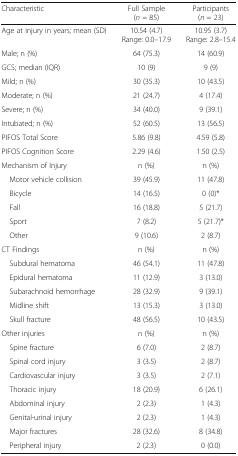
| Characteristic | Full Sample (n = 85) | Participants (n = 23) |
 | --- | --- | --- |
 | Age at injury in years; mean (SD) | 10.54 (4.7)Range: 0.0–17.9 | 10.95 (3.7)Range: 2.8–15.4 |
 | Male; n (%) | 64 (75.3) | 14 (60.9) |
 | GCS; median (IQR) | 10 (9) | 9 (9) |
 | Mild; n (%) | 30 (35.3) | 10 (43.5) |
 | Moderate; n (%) | 21 (24.7) | 4 (17.4) |
 | Severe; n (%) | 34 (40.0) | 9 (39.1) |
 | Intubated; n (%) | 52 (60.5) | 13 (56.5) |
 | PIFOS Total Score | 5.86 (9.8) | 4.59 (5.8) |
 | PIFOS Cognition Score | 2.29 (4.6) | 1.50 (2.5) |
 | Mechanism of Injury | n (%) | n (%) |
 | Motor vehicle collision | 39 (45.9) | 11 (47.8) |
 | Bicycle | 14 (16.5) | 0 (0)* |
 | Fall | 16 (18.8) | 5 (21.7) |
 | Sport | 7 (8.2) | 5 (21.7)* |
 | Other | 9 (10.6) | 2 (8.7) |
 | CT Findings | n (%) | n (%) |
 | Subdural hematoma | 46 (54.1) | 11 (47.8) |
 | Epidural hematoma | 11 (12.9) | 3 (13.0) |
 | Subarachnoid hemorrhage | 28 (32.9) | 9 (39.1) |
 | Midline shift | 13 (15.3) | 3 (13.0) |
 | Skull fracture | 48 (56.5) | 10 (43.5) |
 | Other injuries | n (%) | n (%) |
 | Spine fracture | 6 (7.0) | 2 (8.7) |
 | Spinal cord injury | 3 (3.5) | 2 (8.7) |
 | Cardiovascular injury | 3 (3.5) | 2 (7.1) |
 | Thoracic injury | 18 (20.9) | 6 (26.1) |
 | Abdominal injury | 2 (2.3) | 1 (4.3) |
 | Genital-urinal injury | 2 (2.3) | 1 (4.3) |
 | Major fractures | 28 (32.6) | 8 (34.8) |
 | Peripheral injury | 2 (2.3) | 0 (0.0) |